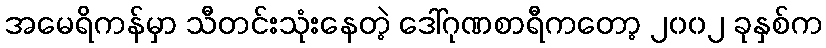
အမေရိကန်မှာ သီတင်းသုံးနေတဲ့ ဒေါ်ဂုဏစာရီကတော့ ၂၀၀၂ ခုနှစ်က